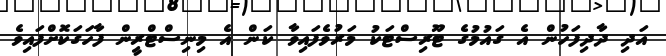
އަދި ދާދިފަހުން އެ ގައުމުގެ ޓޫރިސްޓަކު މަރުވެފައިވާ ކަން އެ މިނިސްޓްރީން ފާހަގަކޮށްފައިވެ